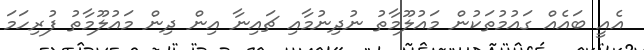
އެއީ ބައެއް ގައުމުތަކުން މައުލޫމާތު ނުދިނުމާއި ޗައިނާ އިން ދިން މައުލޫމާތު ފުރިހަމަ